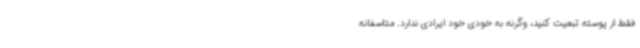
فقط از پوسته تبعیت کنید، وگرنه به خودی خود ایرادی ندارد. متاسفانه